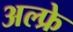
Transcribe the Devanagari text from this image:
अल्फ्रे